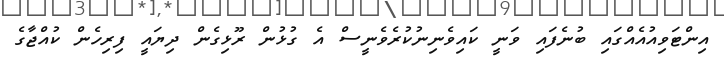
އިންޓަވިއުއެއްގައި ބުނެފައި ވަނީ ކައިވެނިނުކުރެވެނީސް އެ ގުޅުން ރޫޅިގެން ދިޔައީ ފިރިހެން ކުއްޖާގެ